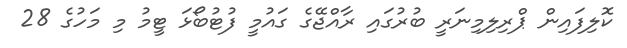
ކޮލިފައިން ޕްރިލިމިނަރީ ބުރުގައި ރާއްޖޭގެ ގައުމީ ފުޓުބޯޅަ ޓީމު މި މަހުގެ 28